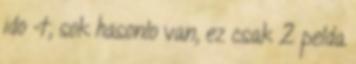
ido -t, sok hasonlo van, ez csak 2 pelda